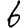
Digit: 6